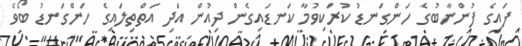
ފައިގެ ފުންނާބުގެ ހަންގަނޑު ކުރަކިވުމާ ކަނޑައިގެން ދިއުން އަދި އަތްތިލައިގެ ހަންގަނޑު ބޯވެ